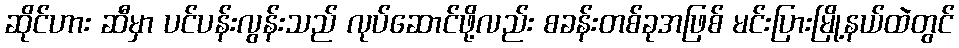
ဆိုင်ဟား ဆီမှာ ပင်ပန်းလွန်းသည် လုပ်ဆောင်ဖို့လည်း စခန်းတစ်ခုအဖြစ် မင်းပြားမြို့နယ်ထဲတွင်